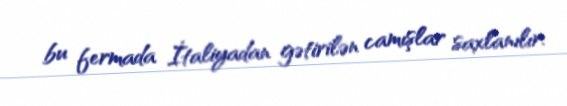
bu fermada İtaliyadan gətirilən camışlar saxlanılır.